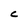
Character: C